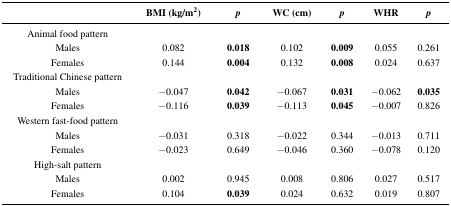
<table><thead><tr><td></td><td><b>BMI (kg/m<sup>2</sup>)</b></td><td><b><i>p</i></b></td><td><b>WC (cm)</b></td><td><b><i>p</i></b></td><td><b>WHR</b></td><td><b><i>p</i></b></td></tr></thead><tbody><tr><td>Animal food pattern</td><td></td><td></td><td></td><td></td><td></td><td></td></tr><tr><td>Males</td><td>0.082</td><td><b>0.018</b></td><td>0.102</td><td><b>0.009</b></td><td>0.055</td><td>0.261</td></tr><tr><td>Females</td><td>0.144</td><td><b>0.004</b></td><td>0.132</td><td><b>0.008</b></td><td>0.024</td><td>0.637</td></tr><tr><td>Traditional Chinese pattern</td><td></td><td></td><td></td><td></td><td></td><td></td></tr><tr><td>Males</td><td>−0.047</td><td><b>0.042</b></td><td>−0.067</td><td><b>0.031</b></td><td>−0.062</td><td><b>0.035</b></td></tr><tr><td>Females</td><td>−0.116</td><td><b>0.039</b></td><td>−0.113</td><td><b>0.045</b></td><td>−0.007</td><td>0.826</td></tr><tr><td>Western fast-food pattern</td><td></td><td></td><td></td><td></td><td></td><td></td></tr><tr><td>Males</td><td>−0.031</td><td>0.318</td><td>−0.022</td><td>0.344</td><td>−0.013</td><td>0.711</td></tr><tr><td>Females</td><td>−0.023</td><td>0.649</td><td>−0.046</td><td>0.360</td><td>−0.078</td><td>0.120</td></tr><tr><td>High-salt pattern</td><td></td><td></td><td></td><td></td><td></td><td></td></tr><tr><td>Males</td><td>0.002</td><td>0.945</td><td>0.008</td><td>0.806</td><td>0.027</td><td>0.517</td></tr><tr><td>Females</td><td>0.104</td><td><b>0.039</b></td><td>0.024</td><td>0.632</td><td>0.019</td><td>0.807</td></tr></tbody></table>